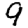
Digit: 9